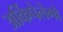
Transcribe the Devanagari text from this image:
अर्किपेलेगो